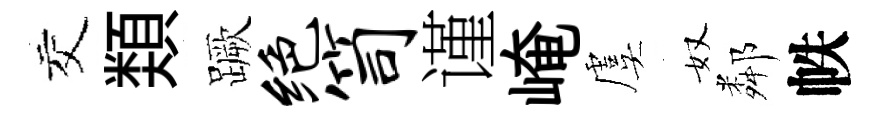
交𩔖蹶绝笥谨崦虞奴鄰帙